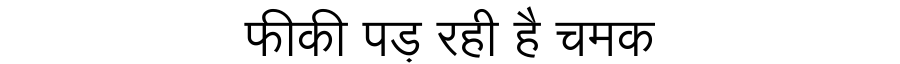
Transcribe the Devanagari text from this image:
फीकी पड़ रही है चमक